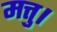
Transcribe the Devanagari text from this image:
मत्तु।